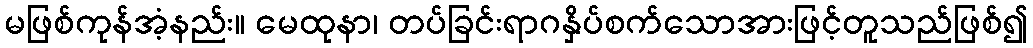
မဖြစ်ကုန်အံ့နည်း။ မေထုနာ၊ တပ်ခြင်းရာဂနှိပ်စက်သောအားဖြင့်တူသည်ဖြစ်၍